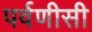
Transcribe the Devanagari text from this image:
पर्वणीसी